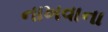
નાખવાના